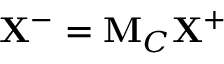
\mathbf { X } ^ { - } = \mathbf { M } _ { C } \mathbf { X } ^ { + }